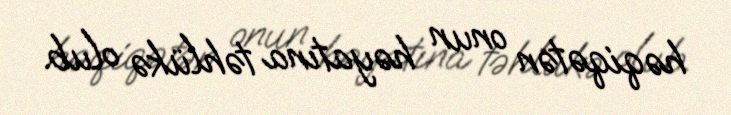
həqiqətən onun həyatına təhlükə olub.